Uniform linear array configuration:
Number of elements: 32
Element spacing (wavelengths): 0.5
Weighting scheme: hamming
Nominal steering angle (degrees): -30
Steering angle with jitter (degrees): -28.25
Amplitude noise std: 0.05
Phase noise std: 0.05

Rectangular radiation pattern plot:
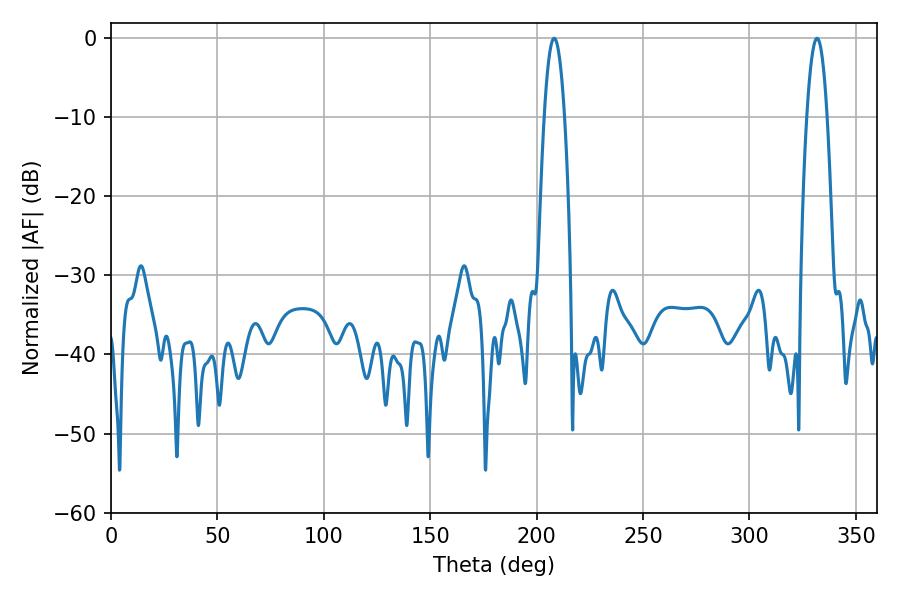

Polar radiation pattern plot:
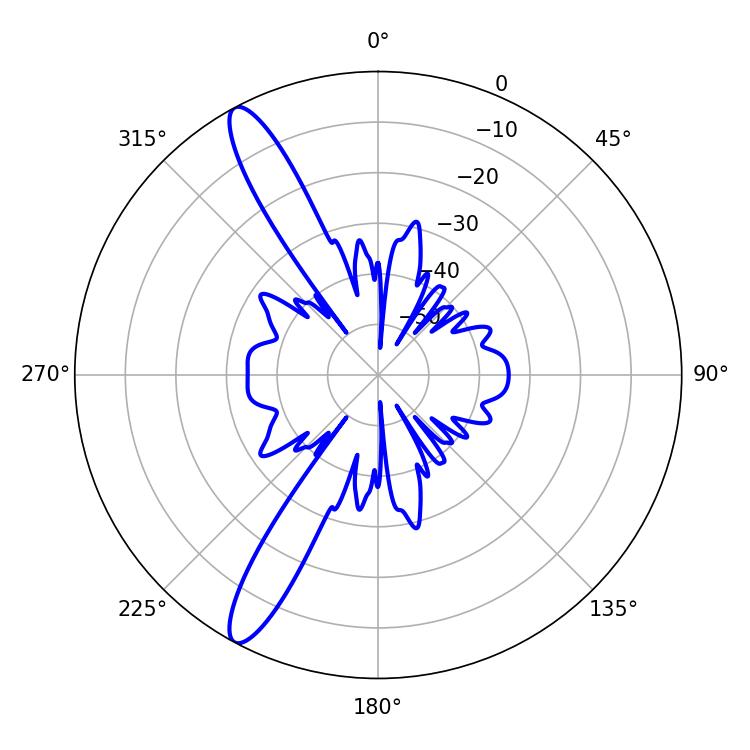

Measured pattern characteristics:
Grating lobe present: FALSE
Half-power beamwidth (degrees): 5.4
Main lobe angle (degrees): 208.26